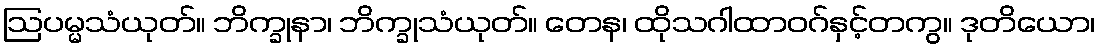
ဩပမ္မသံယုတ်။ ဘိက္ခုနာ၊ ဘိက္ခုသံယုတ်။ တေန၊ ထိုသဂါထာဝဂ်နှင့်တကွ။ ဒုတိယော၊